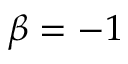
\beta = - 1